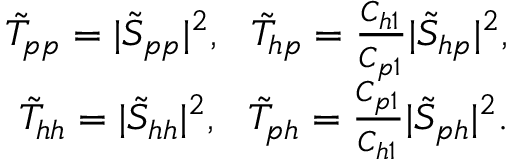
\begin{array} { r l r } & { } & { \tilde { T } _ { p p } = \vert \tilde { S } _ { p p } \vert ^ { 2 } , ~ ~ \tilde { T } _ { h p } = \frac { C _ { h 1 } } { C _ { p 1 } } \vert \tilde { S } _ { h p } \vert ^ { 2 } , } \\ & { } & { \tilde { T } _ { h h } = \vert \tilde { S } _ { h h } \vert ^ { 2 } , ~ ~ \tilde { T } _ { p h } = \frac { C _ { p 1 } } { C _ { h 1 } } \vert \tilde { S } _ { p h } \vert ^ { 2 } . } \end{array}